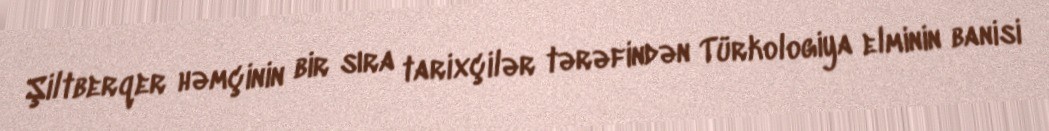
Şiltberqer həmçinin bir sıra tarixçilər tərəfindən Türkologiya elminin banisi